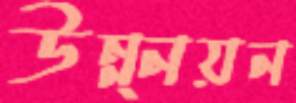
উন্ন্নয়ন